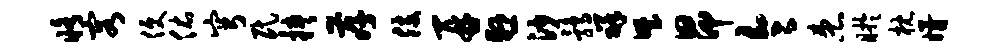
修容便佑穹民挟孝肢再悬沙鹑祥野昂令患盱枕婿